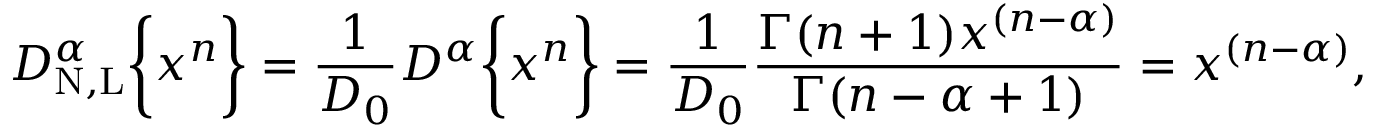
D _ { \mathrm { N , L } } ^ { \alpha } \bigg \{ { x ^ { n } \bigg \} } = \frac { 1 } { D _ { 0 } } D ^ { \alpha } \bigg \{ { x ^ { n } \bigg \} } = \frac { 1 } { D _ { 0 } } \frac { \Gamma ( n + 1 ) x ^ { ( n - \alpha ) } } { \Gamma ( n - \alpha + 1 ) } = x ^ { ( n - \alpha ) } ,